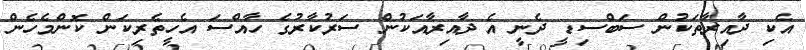
އެކި ދާއިރާތަކުން ސަބްސިޑީ ދެނީ އެ ދާއިރާއަކުން ސަރުކާރުގެ ހާއްސަ އެހީތެރިކަން ކޮންމެެހެން